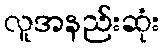
လူအနည်းဆုံး